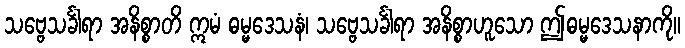
သဗ္ဗေသင်္ခါရာ အနိစ္စာတိ ဣမံ ဓမ္မဒေသနံ၊ သဗ္ဗေသင်္ခါရာ အနိစ္စာဟူသော ဤဓမ္မဒေသနာကို။